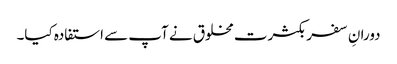
دورانِ سفر بکثرت مخلوق نے آپ سے استفادہ کیا۔